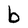
Character: b